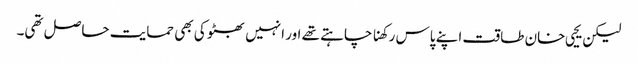
لیکن یحیی خان طاقت اپنے پاس رکھنا چاہتے تھے اور انہیں بھٹو کی بھی حمایت حاصل تھی۔